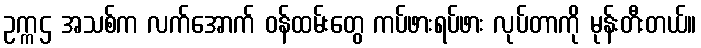
ဥက္ကဌ အသစ်က လက်အောက် ဝန်ထမ်းတွေ ကပ်ဖားရပ်ဖား လုပ်တာကို မုန်းတီးတယ်။